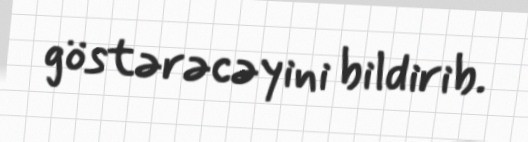
göstərəcəyini bildirib.